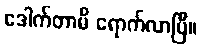
ဒေါက်တာမိ ရောက်လာပြီ။